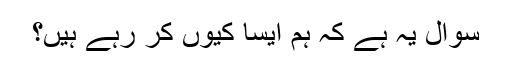
سوال یہ ہے کہ ہم ایسا کیوں کر رہے ہیں؟